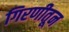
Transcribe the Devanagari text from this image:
गिरणीतून